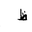
Letter: _za